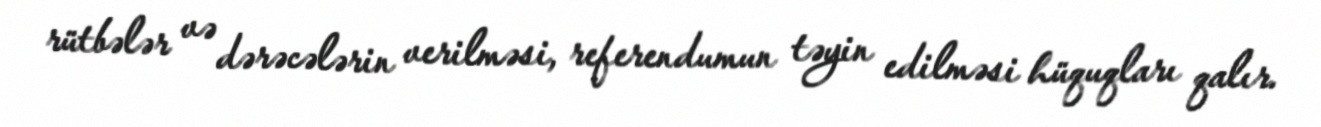
rütbələr və dərəcələrin verilməsi, referendumun təyin edilməsi hüquqları qalır.